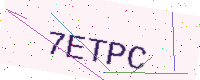
Text: 7ETPC